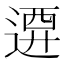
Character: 𨔰